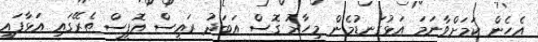
އެހެން ކަމަށްވާނަމަ އަޅުގަނޑުމެން މިހާރު ގޮސް އަބަދު ރައީސް އޮފީސް ތެރޭގައި އަޅާފައި